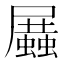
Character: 𧒝